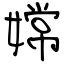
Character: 嫦